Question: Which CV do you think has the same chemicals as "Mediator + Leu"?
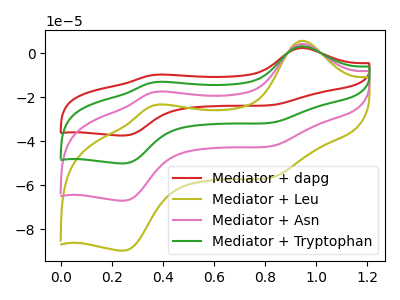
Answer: <think>The red curve "Mediator + dapg" has anodic peaks at (0.95V, 2.35uA) (0.40V, -9.75uA) and cathodic peaks at (0.85V, -23.35uA) (0.25V, -37.45uA). The olive curve "Mediator + Leu" has anodic peaks at (0.95V, 9.50uA) (0.40V, -39.15uA) and cathodic peaks at (0.85V, -93.75uA) (0.25V, -150.35uA). The pink curve "Mediator + Asn" has anodic peaks at (0.95V, 6.35uA) (0.40V, -26.10uA) and cathodic peaks at (0.85V, -62.50uA) (0.25V, -100.25uA). The green curve "Mediator + Tryptophan" has anodic peaks at (0.95V, 3.15uA) (0.40V, -13.05uA) and cathodic peaks at (0.85V, -31.25uA) (0.25V, -50.10uA).
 All the peaks in "Mediator + dapg" have a peak in "Mediator + Leu" at the same potential. All the peaks in "Mediator + dapg" have a peak in "Mediator + Asn" at the same potential. All the peaks in "Mediator + dapg" have a peak in "Mediator + Tryptophan" at the same potential. All the peaks in "Mediator + Leu" have a peak in "Mediator + Asn" at the same potential. All the peaks in "Mediator + Leu" have a peak in "Mediator + Tryptophan" at the same potential. All the peaks in "Mediator + Asn" have a peak in "Mediator + Tryptophan" at the same potential.</think>
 <answer>"Mediator + Leu", "Mediator + Asn" and "Mediator + Tryptophan" have a similar shape to "Mediator + dapg".</answer>
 <eval>"Mediator + Leu" "Mediator + Asn" "Mediator + Tryptophan"</eval>